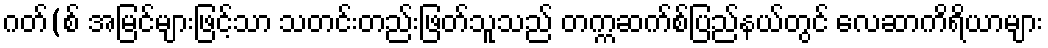
ဂတ်(စ် အမြင်များဖြင့်သာ သတင်းတည်းဖြတ်သူသည် တက္ကဆက်စ်ပြည်နယ်တွင် လေဆာကိရိယာများ